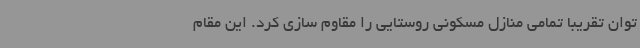
توان تقریبا تمامی منازل مسکونی روستایی را مقاوم سازی کرد. این مقام